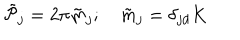
\tilde { \cal P } _ { j } = 2 \pi \tilde { m } _ { j } ; \quad \tilde { m } _ { j } = \delta _ { j d } K